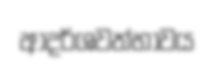
ආදර්ශවත්භාවය